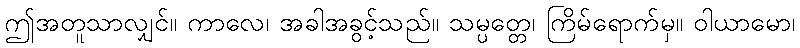
ဤအတူသာလျှင်။ ကာလေ၊ အခါအခွင့်သည်။ သမ္ပတ္တေ၊ ကြိမ်ရောက်မှ။ ဝါယာမော၊